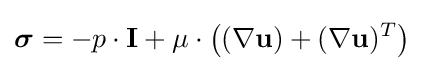
{\boldsymbol {\sigma }}=-p\cdot \mathbf {I} +\mu \cdot \left((\nabla \mathbf {u} )+(\nabla \mathbf {u} )^{T}\right)